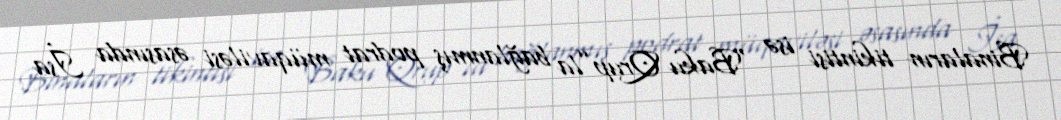
Binaların tikintisi isə “Baku Qrup”la bağlanmış podrat müqaviləsi əsasında İsa